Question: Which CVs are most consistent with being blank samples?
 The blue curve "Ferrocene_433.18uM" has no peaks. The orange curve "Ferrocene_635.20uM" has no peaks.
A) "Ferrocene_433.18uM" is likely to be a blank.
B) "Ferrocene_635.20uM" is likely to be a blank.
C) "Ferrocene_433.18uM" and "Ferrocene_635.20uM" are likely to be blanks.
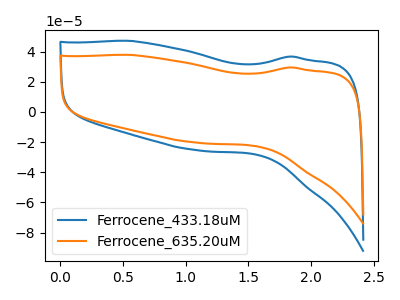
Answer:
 <answer>C) "Ferrocene_433.18uM" and "Ferrocene_635.20uM" are likely to be blanks.</answer>
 <eval>C</eval>